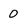
Character: 0